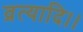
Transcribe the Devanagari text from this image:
व्रत्यादि।।